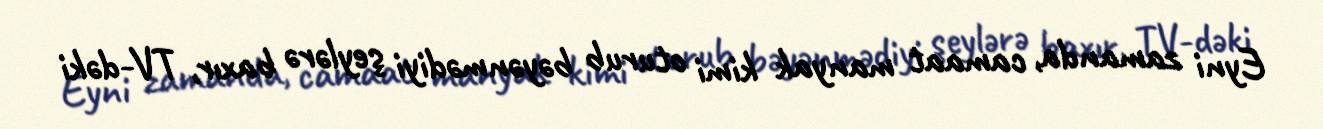
Eyni zamanda, camaat manyak kimi oturub bəyənmədiyi şeylərə baxır, TV-dəki